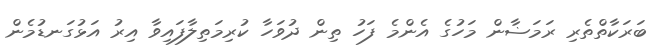
ބަރަކާތްތެރި ރަމަޟާން މަހުގެ އެންމެ ފަހު ތިން ދުވަހާ ކުރިމަތިލާފައިވާ އިރު އަޅުގަނޑުމެން